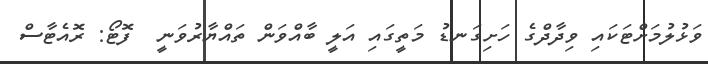
ވަޅުލުމަށްޓަކައި ވިދާދްގެ ހަށިގަނޑު މަތީގައި އަލީ ބާއްވަން ތައްޔާރުވަނީ  ފޮޓޯ: ރޮއެޓާސް